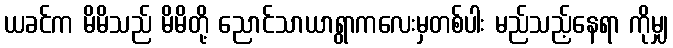
ယခင်က မိမိသည် မိမိတို့ ညောင်သာယာရွာကလေးမှတစ်ပါး မည်သည့်နေရာ ကိုမျှ